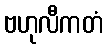
ဗဟုလီကတံ